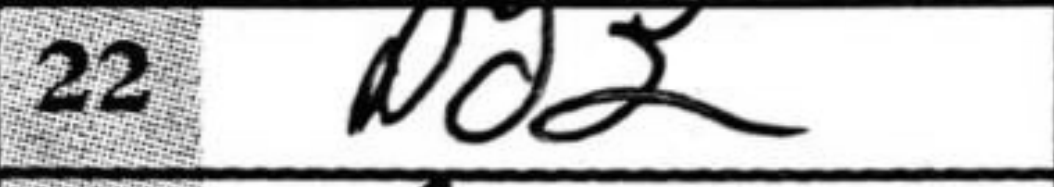
Transcription: Nd2